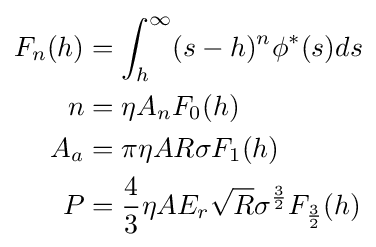
{\begin{aligned}F_{n}(h)&=\int _{h}^{\infty }(s-h)^{n}\phi ^{*}(s)ds\\n&=\eta A_{n}F_{0}(h)\\A_{a}&=\pi \eta AR\sigma F_{1}(h)\\P&={\frac {4}{3}}\eta AE_{r}{\sqrt {R}}\sigma ^{\frac {3}{2}}F_{\frac {3}{2}}(h)\end{aligned}}